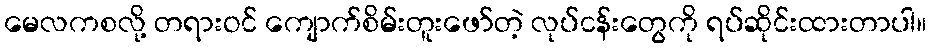
မေလကစလို့ တရားဝင် ကျောက်စိမ်းတူးဖော်တဲ့ လုပ်ငန်းတွေကို ရပ်ဆိုင်းထားတာပါ။